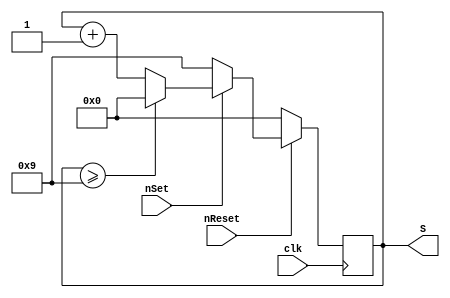
module CntTours(clk, S,nSet,nReset);

parameter MODULO = 10;
parameter BUS_SIZE = 4;
parameter POLARITY_NSET = 0;
parameter POLARITY_NRESET = 0;
parameter POLARITY_CLK = 1;//0 front descendant

input clk;
input nSet,nReset;

output[(BUS_SIZE-1):0] S;
reg[(BUS_SIZE-1):0] S;

wire polClk;
assign polClk = (POLARITY_CLK == 0)? clk : ~clk;


always @(negedge(polClk))

begin
	if (nReset == POLARITY_NRESET)
	begin
		S<=0;
	end
	else
	begin
		if (nSet == POLARITY_NSET)
		begin
			S <= (MODULO - 1);
		end
		else
		begin
			if( S >= (MODULO-1))
			begin
				S <= 0;
			end
			else
			begin
				S <= S+1;
			end
		end
	end
end


endmodule